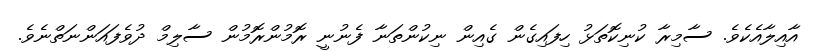
އާއިލާއެކެވެ. ސާމިރާ ކުނިކޮތަޅު ހިފައިގެން ގެއިން ނިކުންތަނާ ފެނުނީ ރޮމުންރޮމުން ސާލިމް ދުވެފައަންނަތްނެވެ.